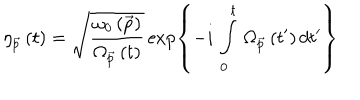
\eta _ { \vec { p } } \left( t \right) = \sqrt { \frac { \omega _ { 0 } \left( \vec { p } \right) } { \Omega _ { \vec { p } } \left( t \right) } } \exp \left\{ - i \, \int _ { 0 } ^ { t } \, \Omega _ { \vec { p } } \left( t ^ { \prime } \right) d t ^ { \prime } \right\}